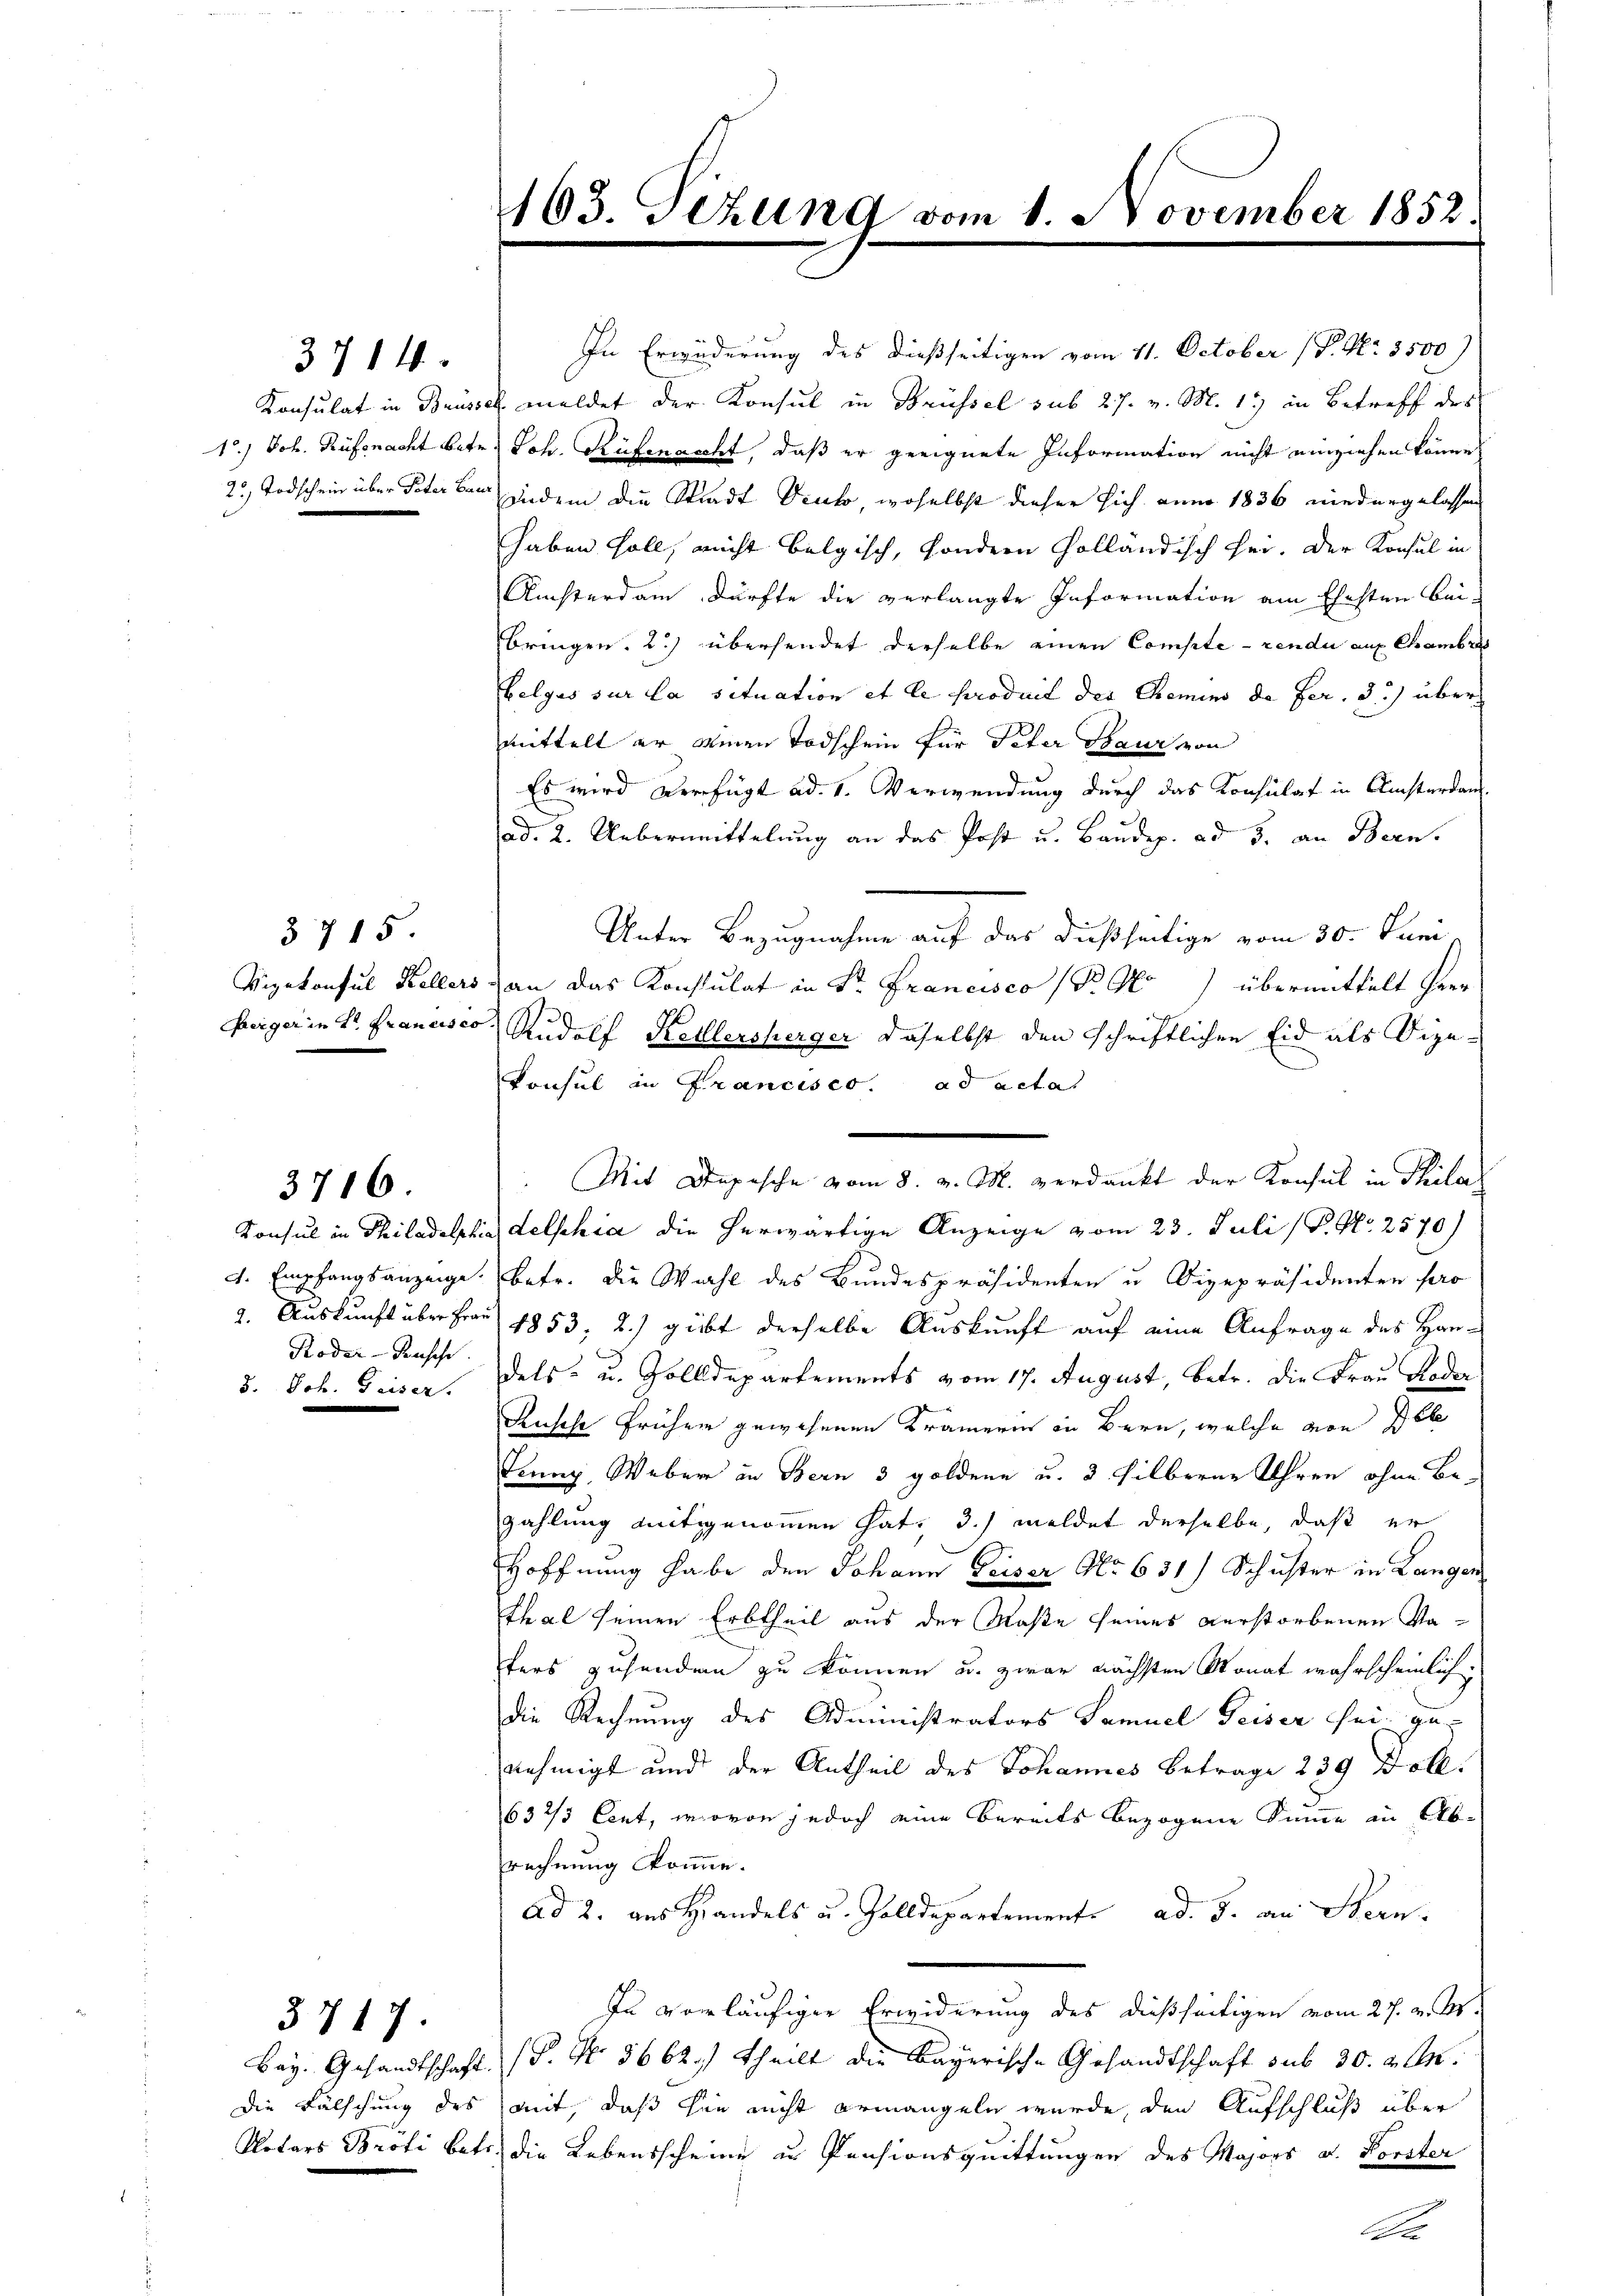
3714.

3715
Vizekonsul Kellers

3716.

Koder-Pausche
8. Joh. Geiser.

3717.

Die Fälschung des

In Erwiderung des dießseitigen vom 11. October (P. Nr. 3500)
Konsulat in Brüssel meldet der Konsul in Brüssel sub 27. v. M. 17 in Betreff des
15.) Joh. Rüfenacht betr. Joh. Rüfenascht, daß er geeignete Information nicht einziehen könne.
2. Todschein über Peter bei jedem die Stadt Deuto, woselbst dieser sich anno 1836 niedergelassen
haben soll, nicht belgisch, sondern Holländisch sei. Der Konsul in
Auchterdam dürfte die verlangte Information am Ehesten bei-
bringen. 2) übersendet derselbe einen Compte rendu auf Chamber
belgus sur la situation et le produit der Chemins de fer. 3.) über
mittelt er einen Todschein für Peter Baur von
Es wird verfügt ad 1. Verwendung durch das Konsulat in Amsterdan
ad. 2. Uebermittelung an das Post u. Baudep. ad 3. an Bern,
Unter Bezugnahme auf das dießseitige vom 30. Juni,
3 an das Konsulat in Sr. Francisco (P. G.) übermittelt Herr
hegerin Hr. Francisco Rudolf Kellersherger daselbst den schriftlichen Eid als Sige¬
Konsul in Francisco. ad actat
Mit Depesche vom 8. v. M. verdankt der Konsul in Phila
Konsul in Philadelphia delphia die herwärtige Anzeige vom 23. Juli P. Nr. 2570)
4. Empfangsanzeige. Betr. die Wahl des Bundespräsidenten u Vizepräsidenten pro
2. Auskunft über Frau 1853, 2) gibt derselbe Auskunft auf eine Anfrage des Handels- u. Zolldepartements vom 17. August, betr. die Frau Roder
Rusche früher gewesenen Krämerin in Bern, welche von sel
Jenny, Weber in Bern 3 goldene u. 3 silberne Uhren ohne Bezahlung mitgenommen hat, 3.) meldet derselbe, daß er
Hoffnung habe den Johann Geiser No 631) Schuster in Langen
Thal seinen Erbtheil aus der Maße seines verstorbenen Vafers zusenden zu können u. zwar nächsten Monat wahrscheinlich.
die Rechnung des Administrators Samuel Teiser sei ge-
nehmigt und der Antheil des Johannes Betrage 239 Doll.
632/3 Cent, wovon jedoch eine bereits bezogene Summe in Abrechnung komme.
Ad 2. aus Handels u. Zolldepartemente ad. 3. an Stern.
In vorläufiger Erwiderung des dießseitigen vom 27. v. Ms.
Bey. Gesandtschaft (T. No. 5662. theilt die Bayerische Gesandtschaft sub 30. 2. d.
mit, daß sie nicht ermangeln würde, den Aufschluß über
Notars Bröti betr. die Lebensscheine in Pensionsquittungen des Majors d. Forster
a

163. Tezung vom 1. November 1852.